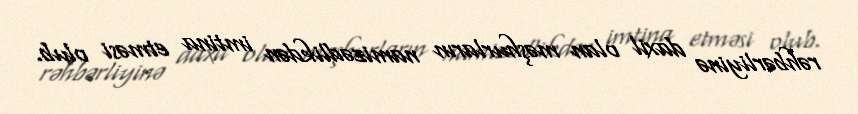
rəhbərliyinə daxil olan məşhurların namizədlikdən imtina etməsi olub.